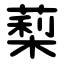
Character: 䔧